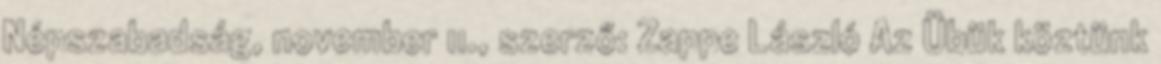
Népszabadság, november 11., szerző: Zappe László Az Übük köztünk